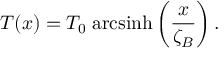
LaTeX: T ( x ) = T _ { 0 } \; \mathrm { a r c s i n h } \left( \frac { x } { \zeta _ { B } } \right) .